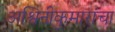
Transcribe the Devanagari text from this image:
अश्विनीकुमारांचा